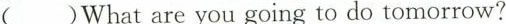
( )What are you going to do tomorrow?